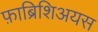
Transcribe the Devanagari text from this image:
फ़ाब्रिशिअयस